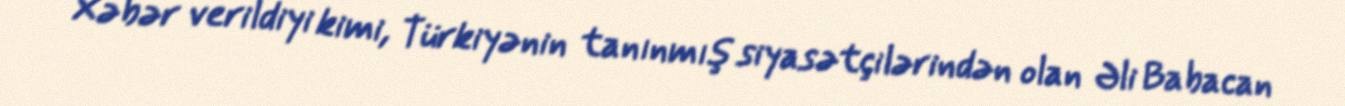
Xəbər verildiyi kimi, Türkiyənin tanınmış siyasətçilərindən olan Əli Babacan